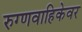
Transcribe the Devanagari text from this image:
रुग्णवाहिकेवर